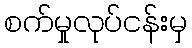
စက်မှုလုပ်ငန်းမှ